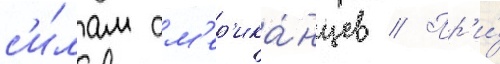
с'и́лам ам'ер'ика́нцев // Пр'и́